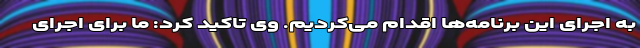
به اجرای این برنامه‌ها اقدام می‌کردیم. وی تاکید کرد: ما برای اجرای